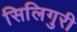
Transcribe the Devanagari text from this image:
सिलिगुरी